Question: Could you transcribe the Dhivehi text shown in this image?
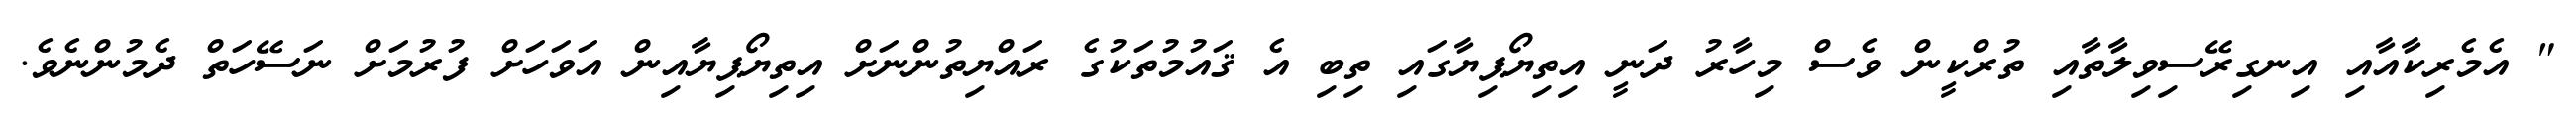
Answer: " އެމެރިކާއާއި އިނގިރޭސިވިލާތާއި ތުރްކީން ވެސް މިހާރު ދަނީ އިތިޔޯޕިޔާގައި ތިބި އެ ޤައުމުތަކުގެ ރައްޔިތުންނަށް އިތިޔޯޕިޔާއިން އަވަހަށް ފުރުމަށް ނަސޭހަތް ދެމުންނެވެ.